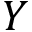
Y